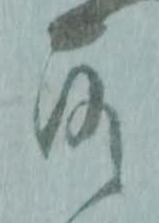
故